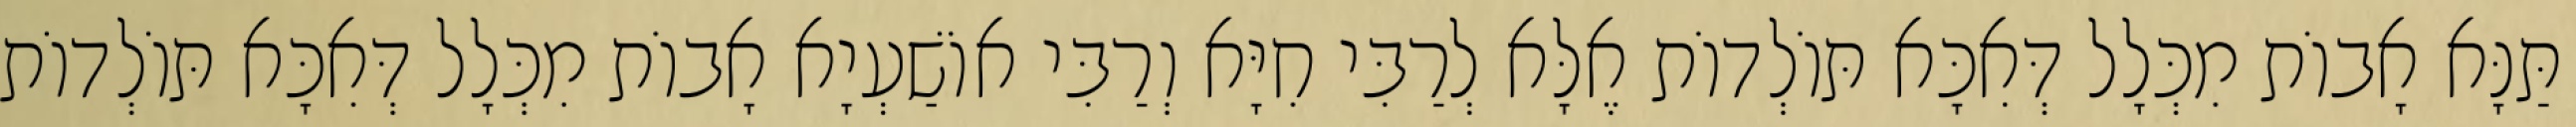
תַּנָּא אָבוֹת מִכְּלָל דְּאִכָּא תּוֹלְדוֹת אֶלָּא לְרַבִּי חִיָּא וְרַבִּי אוֹשַׁעְיָא אָבוֹת מִכְּלָל דְּאִכָּא תּוֹלְדוֹת